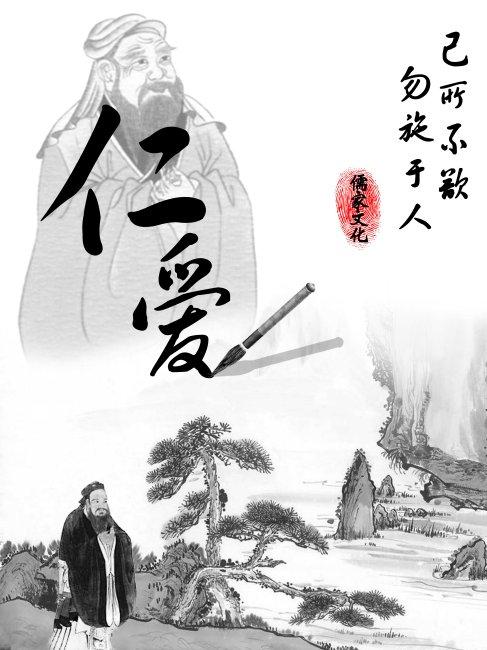
民为贵，社稷次之，君为轻。